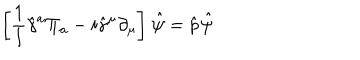
LaTeX: \left[ { \frac { 1 } { l } } \hat { \gamma } ^ { a } \Pi _ { a } - i \hat { \gamma } ^ { \mu } \partial _ { \mu } \right] \ \! \hat { \psi } = \hat { \sf p } \ \! \hat { \psi }